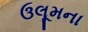
ઉલૂમના